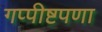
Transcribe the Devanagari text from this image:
गप्पीष्टपणा